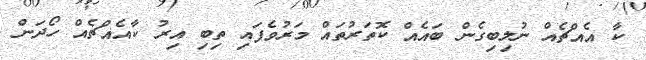
ކާ އެއްޗެއް ނުލިބިގެން ބައެއް ކޮތަރުތައް މަރުވެފައި ތިބި އިރު ކާއެއްޗެއް ހޯދަން